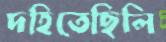
দহিতেছিলি